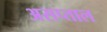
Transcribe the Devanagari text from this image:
असप्ताल